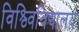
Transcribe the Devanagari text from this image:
विश्व्विविद्यालय